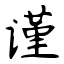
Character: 谨